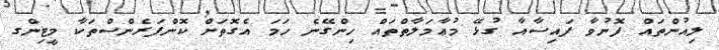
ލިއުންތައް ފޮނުވާ ފައިސާއާ ގުޅޭ މުޢާމަލާތްތައް ހިންގޭނެ ހަމަ އެގޮތަށް ކޮންފަރެންސްތަކާ މީޓިންގ